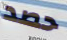
حصد